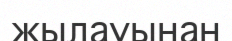
жылауынан